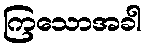
ကြသောအခါ